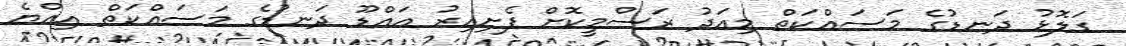
ގަލޮޅު ދަނޑުގެ މަސައްކަތް މިއަދު ރަސްމީކޮށް ފެށިއިރު އައްޑޫ ދަނޑުގެ މަސައްކަތް އިއްޔެ